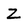
Character: Z